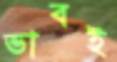
ভাবই